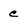
Character: c